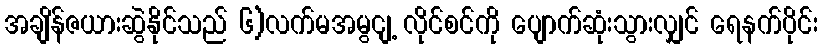
အချိန်ဇယားဆွဲနိုင်သည် ၆)လက်မအမွငျ့ လိုင်စင်ကို ပျောက်ဆုံးသွားလျှင် ရေနက်ပိုင်း